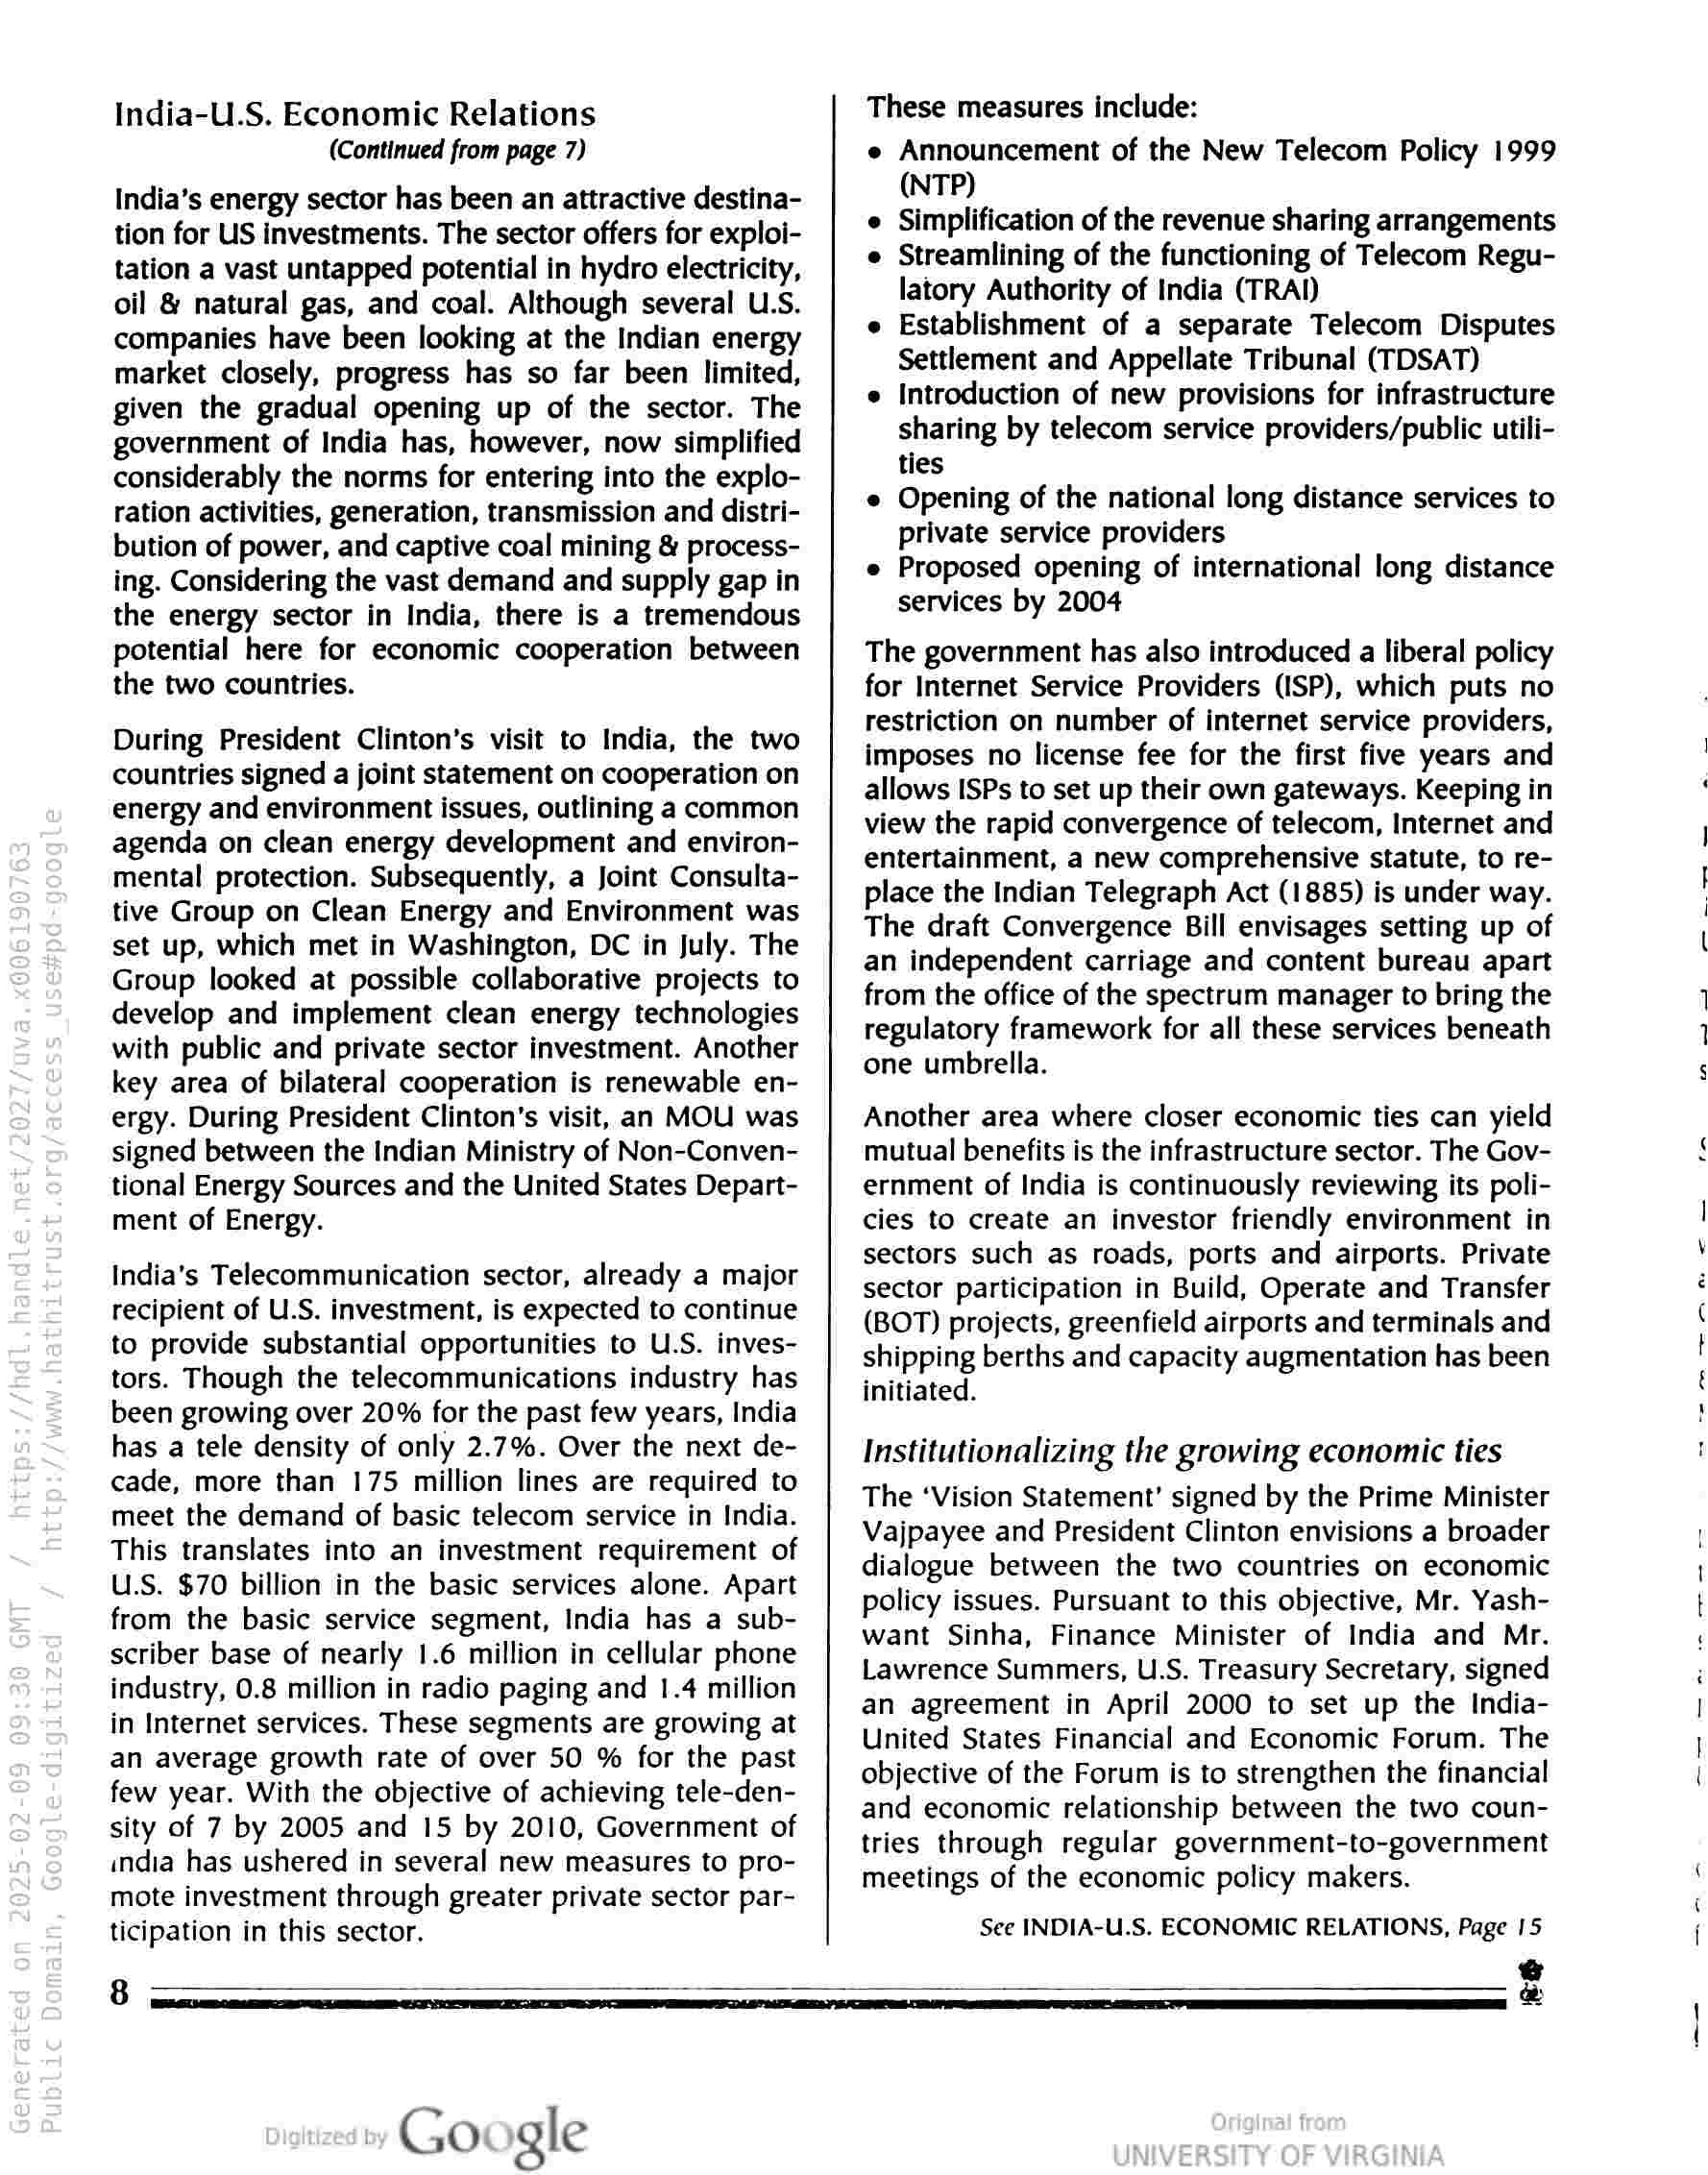
India-U.S. Economic Relations
(Continued from page 7)

India’s energy sector has been an attractive destina-
tion for US investments. The sector offers for exploi-
tation a vast untapped potential in hydro electricity,
oil & natural gas, and coal. Although several U.S.
companies have been looking at the Indian energy
market closely, progress has so far been limited,
given the gradual opening up of the sector. The
government of India has, however, now simplified
considerably the norms for entering into the explo-
ration activities, generation, transmission and distri-
bution of power, and captive coal mining & process-
ing. Considering the vast demand and supply gap in
the energy sector in India, there is a tremendous
potential here for economic cooperation between
the two countries.

During President Clinton’s visit to India, the two
countries signed a joint statement on cooperation on
energy and environment issues, outlining a common
agenda on clean energy development and environ-
mental protection. Subsequently, a Joint Consulta-
tive Group on Clean Energy and Environment was
set up, which met in Washington, DC in July. The
Group looked at possible collaborative projects to
develop and implement clean energy technologies
with public and private sector investment. Another
key area of bilateral cooperation is renewable en-
ergy. During President Clinton's visit, an MOU was
signed between the Indian Ministry of Non-Conven-
tional Energy Sources and the United States Depart-
ment of Energy.

India's Telecommunication sector, already a major
recipient of U.S. investment, is expected to continue
to provide substantial opportunities to U.S. inves-
tors. Though the telecommunications industry has
been growing over 20% for the past few years, India
has a tele density of only 2.7%. Over the next de-
cade, more than 175 million lines are required to
meet the demand of basic telecom service in India.
This translates into an investment requirement of
U.S. $70 billion in the basic services alone. Apart
from the basic service segment, India has a sub-
scriber base of nearly 1.6 million in cellular phone
industry, 0.8 million in radio paging and 1.4 million
in Internet services. These segments are growing at
an average growth rate of over 50 % for the past
few year. With the objective of achieving tele-den-
sity of 7 by 2005 and 15 by 2010, Government of
india has ushered in several new measures to pro-
mote investment through greater private sector par-
ticipation in this sector.

These measures include:

e Announcement of the New Telecom Policy 1999
(NTP)

Simplification of the revenue sharing arrangements
e Streamlining of the functioning of Telecom Regu-
latory Authority of India (TRAI)

Establishment of a separate Telecom Disputes
Settlement and Appellate Tribunal (TDSAT)
Introduction of new provisions for infrastructure
sharing by telecom service providers/public utili-
ties

Opening of the national long distance services to
private service providers

Proposed opening of international long distance
services by 2004

The government has also introduced a liberal policy
for Internet Service Providers (ISP), which puts no
restriction on number of internet service providers,
imposes no license fee for the first five years and
allows ISPs to set up their own gateways. Keeping in
view the rapid convergence of telecom, Internet and
entertainment, a new comprehensive statute, to re-
place the Indian Telegraph Act (1885) is under way.
The draft Convergence Bill envisages setting up of
an independent carriage and content bureau apart
from the office of the spectrum manager to bring the
regulatory framework for all these services beneath
one umbrella.

Another area where closer economic ties can yield
mutual benefits is the infrastructure sector. The Gov-
ernment of India is continuously reviewing its poli-
cies to create an investor friendly environment in
sectors such as roads, ports and airports. Private
sector participation in Build, Operate and Transfer
(BOT) projects, greenfield airports and terminals and
shipping berths and capacity augmentation has been
initiated.

Institutionalizing the growing economic ties

The ‘Vision Statement’ signed by the Prime Minister
Vajpayee and President Clinton envisions a broader
dialogue between the two countries on economic
policy issues. Pursuant to this objective, Mr. Yash-
want Sinha, Finance Minister of India and Mr.
Lawrence Summers, U.S. Treasury Secretary, signed
an agreement in April 2000 to set up the India-
United States Financial and Economic Forum. The
objective of the Forum is to strengthen the financial
and economic relationship between the two coun-
tries through regular government-to-government
meetings of the economic policy makers.

See INDIA-U.S. ECONOMIC RELATIONS, Page 15
@

8 a

Google

&

nem